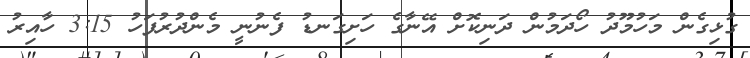
ގުޅިގެން މަހުމޫދު ހޯދަމުން ދަނިކޮށް އޭނާގެ ހަށިގަނޑު ފެނުނީ މެންދުރުފަހު 3:15 ހާއިރު